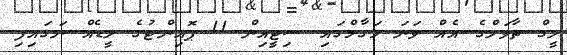
ލީގް ތާވަލްގެ އެއް ވަނަ މަގާމްގައި ސިޓީއިން 11 ޕޮއިންޓުގެ ލީޑެއް ނަގައިފި